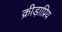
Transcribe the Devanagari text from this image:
क्रीड़ाप्रिय